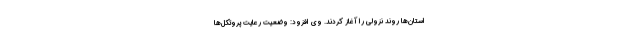
استان‌ها روند نزولی را آغاز کردند. وی افزود: وضعیت رعایت پروتکل‌ها